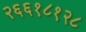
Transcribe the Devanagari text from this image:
२६६१८१२८